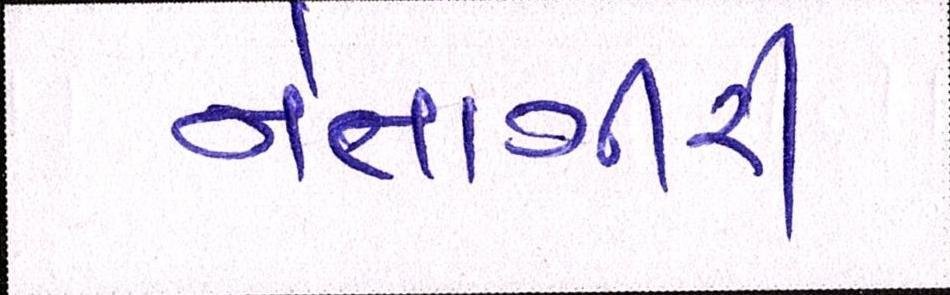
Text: નેતાગીરી